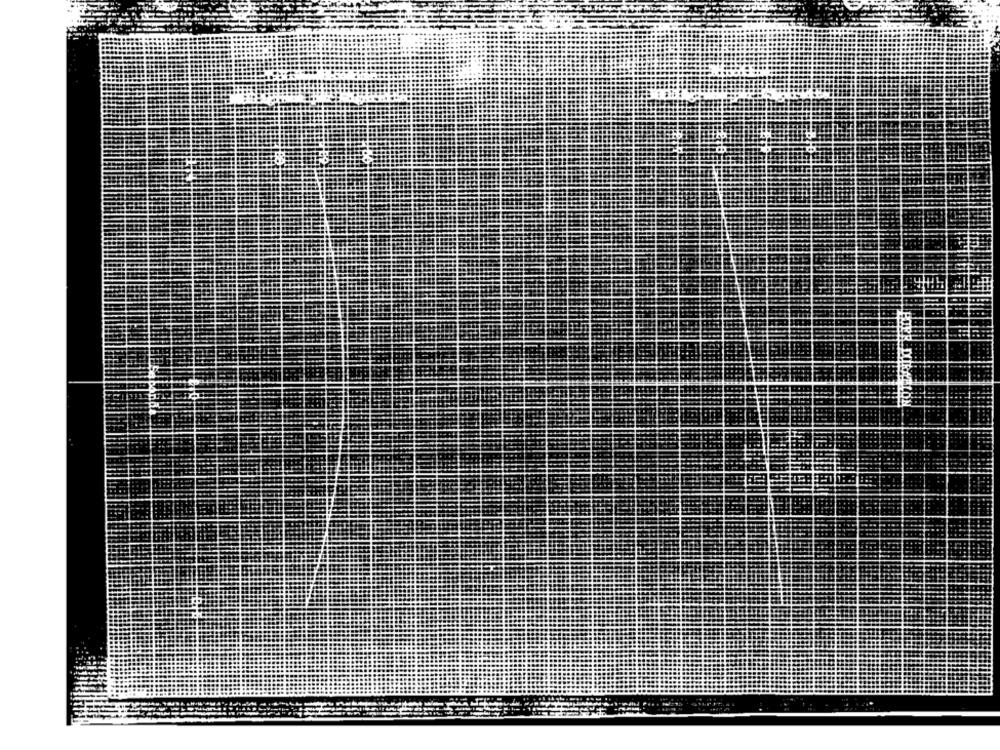
POP
DOEtALON